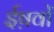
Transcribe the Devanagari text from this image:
ईष़वों